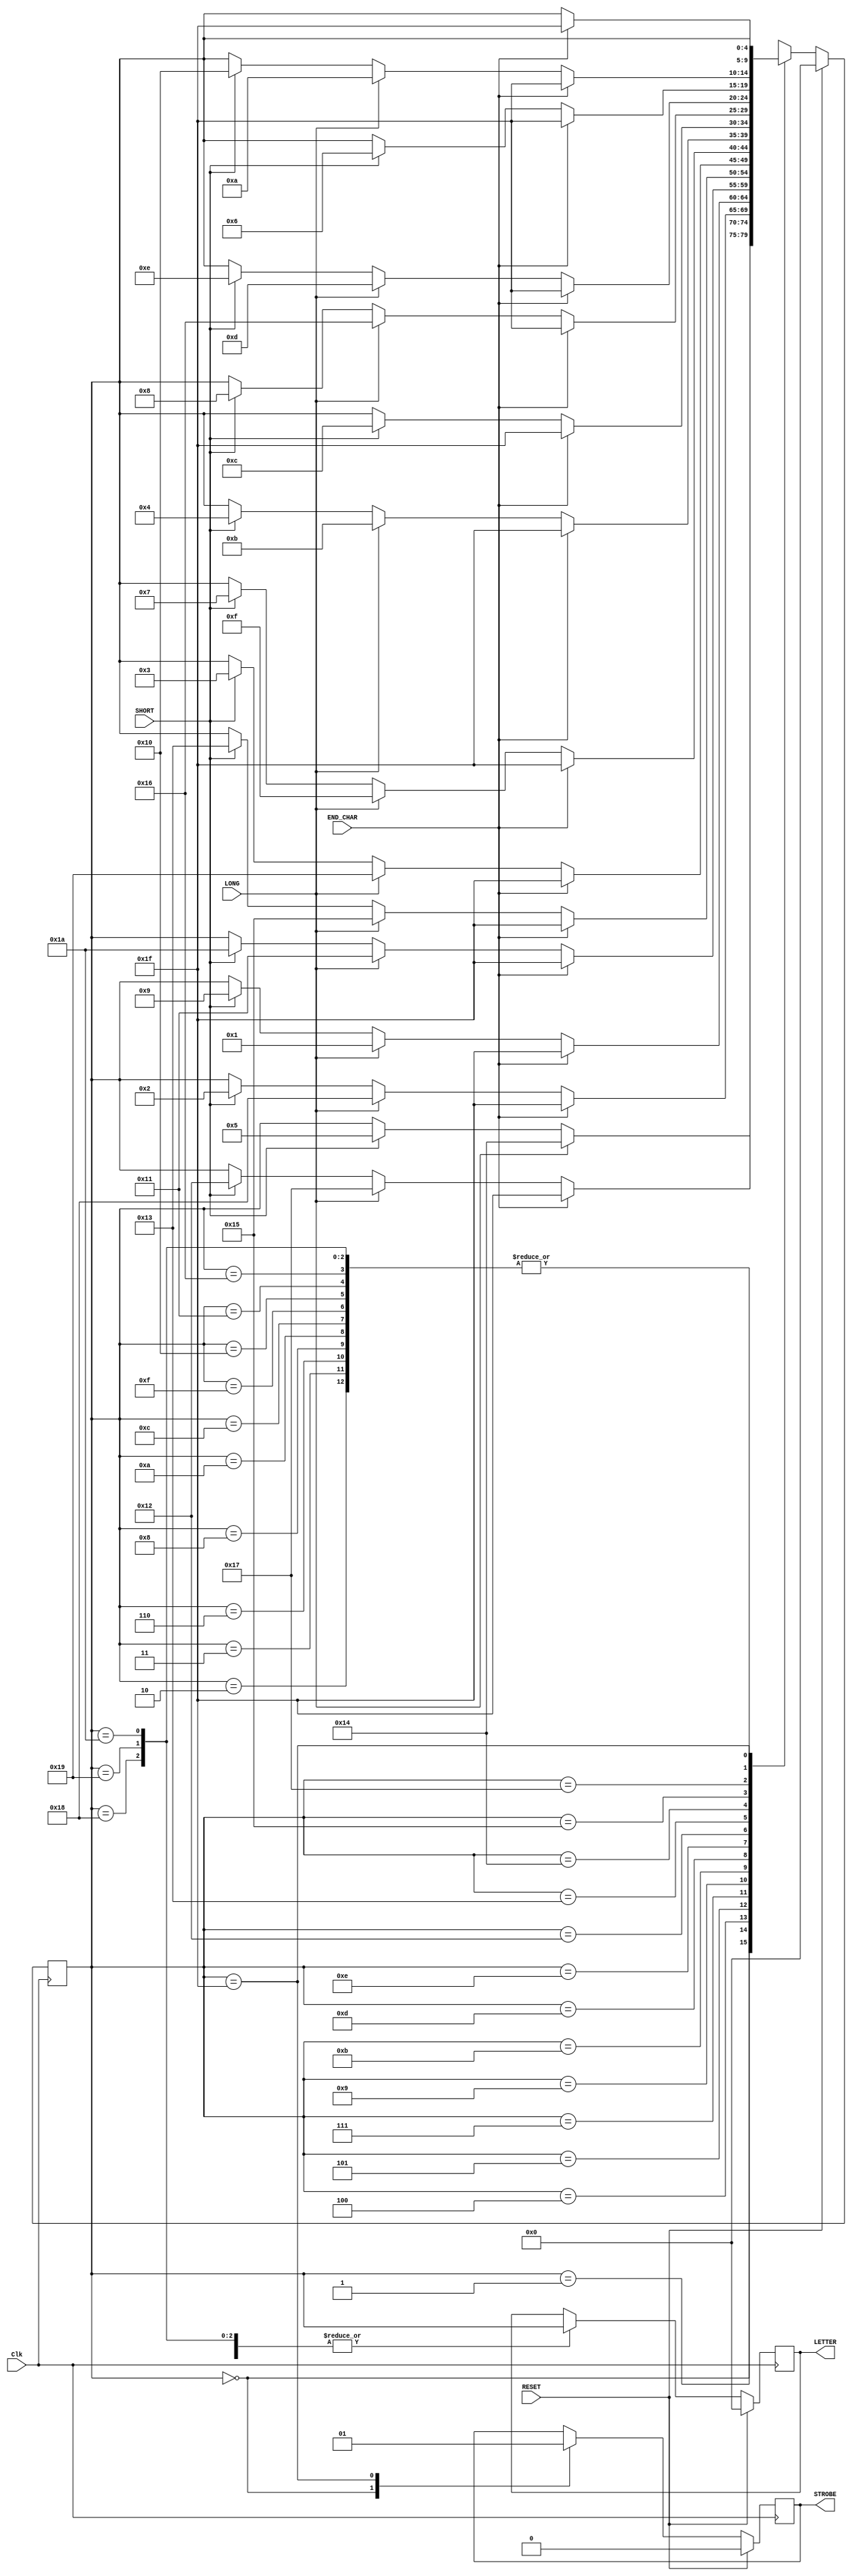
module alphabet(
	 input RESET,
    input Clk,
    input LONG,
    input SHORT,
	 input END_CHAR,
    output [4:0] LETTER,
    output STROBE
    );
	 
reg[4:0] STATE, LETTER_REG;
reg STROBE_REG;

assign LETTER = LETTER_REG;
assign STROBE = STROBE_REG;


	 
localparam
	INIT = 5'b00000,
	A = 5'b00001,
	B = 5'b00010,
	C = 5'b00011,
	D = 5'b00100,
	E = 5'b00101,
	F = 5'b00110,
	G = 5'b00111,
	H = 5'b01000,
	I = 5'b01001,
	J = 5'b01010,
	K = 5'b01011,
	L = 5'b01100,
	M = 5'b01101,
	N = 5'b01110,
	O = 5'b01111,
	P = 5'b10000,
	Q = 5'b10001,
	R = 5'b10010,
	S = 5'b10011,
	T = 5'b10100,
	U = 5'b10101,
	V = 5'b10110,
	W = 5'b10111,
	X = 5'b11000,
	Y = 5'b11001,
	Z = 5'b11010,
	DONE = 5'b11111;


always @ (posedge Clk)
begin
	if(RESET)
	begin
		STATE <= INIT;
		STROBE_REG <= 1'b0;
		LETTER_REG <= 5'b00000;
	end
	else
	begin
		case(STATE)
			INIT:
			begin
				STROBE_REG <= 0;
				if(SHORT) STATE<=E;
				if (LONG) STATE <=T;
			end
			A:
			begin
				if(SHORT) STATE<=R;
				if (LONG) STATE <=W;
				if(END_CHAR) STATE<=DONE;
				LETTER_REG <= STATE;
			end
			B:
			begin
				if(END_CHAR) STATE<=DONE;
				LETTER_REG <= STATE;
			end
			C:
			begin
				if(END_CHAR) STATE<=DONE;
				LETTER_REG <= STATE;
			end
			D:
			begin
				if(SHORT) STATE<=B;
				if (LONG) STATE <=X;
				if(END_CHAR) STATE<=DONE;
				LETTER_REG <= STATE;
			end
			E:
			begin
				if(SHORT) STATE<=I;
				if (LONG) STATE <=A;
				if(END_CHAR) STATE<=DONE;
				LETTER_REG <= STATE;
			end
			F:
			begin
				if(END_CHAR) STATE<=DONE;
				LETTER_REG <= STATE;
			end
			G:
			begin
				if(SHORT) STATE<=Z;
				if (LONG) STATE <=Q;
				if(END_CHAR) STATE<=DONE;
				LETTER_REG <= STATE;
			end
			H:
			begin
				if(END_CHAR) STATE<=DONE;
				LETTER_REG <= STATE;
			end
			I:
			begin
				if(SHORT) STATE<=S;
				if (LONG) STATE <=U;
				if(END_CHAR) STATE<=DONE;
				LETTER_REG <= STATE;
			end
			J:
			begin
				if(END_CHAR) STATE<=DONE;
				LETTER_REG <= STATE;
			end
			K:
			begin
				if(SHORT) STATE<=C;
				if (LONG) STATE <=Y;
				if(END_CHAR) STATE<=DONE;
				LETTER_REG <= STATE;
			end
			L:
			begin
				if(END_CHAR) STATE<=DONE;
				LETTER_REG <= STATE;
			end
			M:
			begin
				if(SHORT) STATE<=G;
				if (LONG) STATE <=O;
				if(END_CHAR) STATE<=DONE;
				LETTER_REG <= STATE;
			end
			N:
			begin
				if(SHORT) STATE<=D;
				if (LONG) STATE <=K;
				if(END_CHAR) STATE<=DONE;
				LETTER_REG <= STATE;
			end
			O:
			begin
				if(END_CHAR) STATE<=DONE;
				LETTER_REG <= STATE;
			end
			P:
			begin
				if(END_CHAR) STATE<=DONE;
				LETTER_REG <= STATE;
			end
			Q:
			begin
				if(END_CHAR) STATE<=DONE;
				LETTER_REG <= STATE;
			end
			R:
			begin
				if(SHORT) STATE<=L;
				if(END_CHAR) STATE<=DONE;
				LETTER_REG <= STATE;
			end
			S:
			begin
				if(SHORT) STATE<=H;
				if (LONG) STATE <=V;
				if(END_CHAR) STATE<=DONE;
				LETTER_REG <= STATE;
			end
			T:
			begin
				if(SHORT) STATE<=N;
				if (LONG) STATE <=M;
				if(END_CHAR) STATE<=DONE;
				LETTER_REG <= STATE;
			end
			U:
			begin
				if(SHORT) STATE<=F;
				if(END_CHAR) STATE<=DONE;
				LETTER_REG <= STATE;
			end
			V:
			begin
				if(END_CHAR) STATE<=DONE;
				LETTER_REG <= STATE;
			end
			W:
			begin
				if(SHORT) STATE<=P;
				if (LONG) STATE <=J;
				if(END_CHAR) STATE<=DONE;
				LETTER_REG <= STATE;
			end
			X:
			begin
				if(END_CHAR) STATE<=DONE;
				LETTER_REG <= STATE;
			end
			Y:
			begin
				if(END_CHAR) STATE<=DONE;
				LETTER_REG <= STATE;
			end
			Z:
			begin
				if(END_CHAR) STATE<=DONE;
				LETTER_REG <= STATE;
			end
			DONE: STROBE_REG <= 1'b1;
			default: STATE <= 5'bXXXXX;
		endcase
	end
end

endmodule